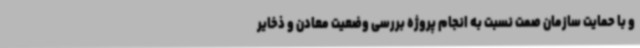
و با حمایت سازمان صمت نسبت به انجام پروژه بررسی وضعیت معادن و ذخایر